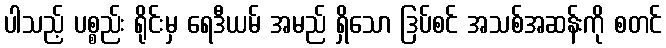
ပါသည့် ပစ္စည်း ရိုင်းမှ ရေဒီယမ် အမည် ရှိသော ဒြပ်စင် အသစ်အဆန်းကို စတင်